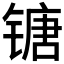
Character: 𰾯